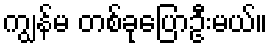
ကျွန်မ တစ်ခုပြောဦးမယ်။